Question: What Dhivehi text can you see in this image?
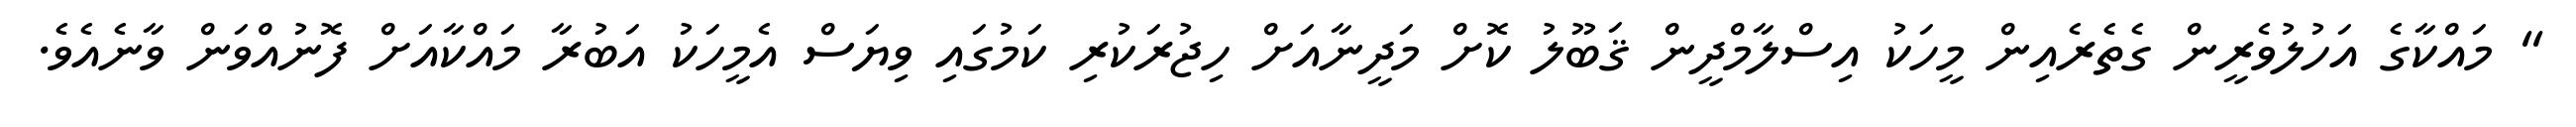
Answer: " މައްކާގެ އަހުލުވެރީން ގެތެރެއިން މީހަކު އިސްލާމްދީން ޤަބޫލު ކޮށް މަދީނާއަށް ހިޖުރަކުރި ކަމުގައި ވިޔަސް އެމީހަކު އަބުރާ މައްކާއަށް ފޮނުއްވަން ވާނެއެވެ.